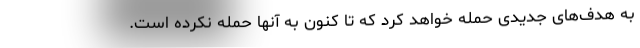
به هدف‌های جدیدی حمله خواهد کرد که تا کنون به آنها حمله نکرده است.